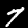
Digit: 7